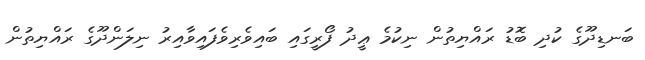
ބަނޑިދޫގެ ކުދި ބޮޑު ރައްޔިތުން ނިކުމެ ޢީދު ފޯރީގައި ބައިވެރިވެފައިވާއިރު ނިލަންދޫގެ ރައްޔިތުން